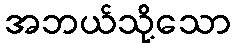
အဘယ်သို့သော